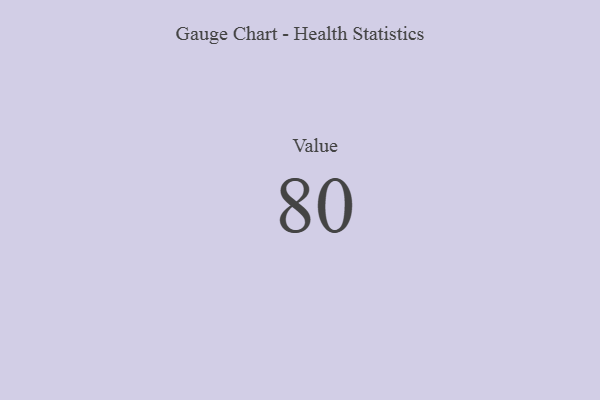
{"axis": {"x": "Metric", "y": "Value"}, "legend": [""], "data": [{"x": "Value", "y": 80, "type": ""}]}